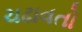
ચઢાવતો